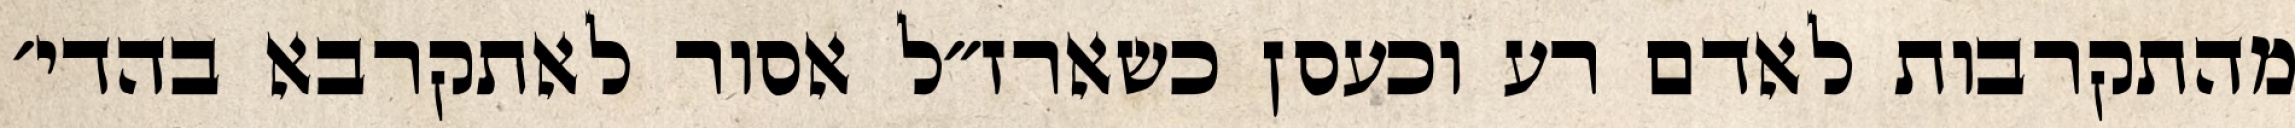
מהתקרבות לאדם רע וכעסן כשארז״ל אסור לאתקרבא בהדי׳